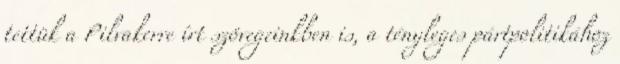
tettük a Pilvakerre írt szövegeinkben is, a tényleges pártpolitikához